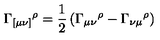
\Gamma _ { [ \mu \nu ] } { } ^ { \rho } = \frac { 1 } { 2 } \left( \Gamma _ { \mu \nu } { } ^ { \rho } - \Gamma _ { \nu \mu } { } ^ { \rho } \right)